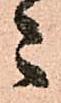
こ